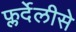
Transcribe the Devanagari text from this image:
फ्लर्देलीसे